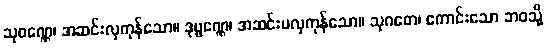
သုဝဏ္ဏေ၊ အဆင်းလှကုန်သော။ ဒုဗ္ဗဏ္ဏေ၊ အဆင်းမလှကုန်သော။ သုဂတေ၊ ကောင်းသော ဘဝသို့